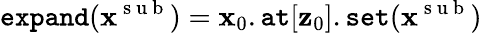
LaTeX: \texttt{expand}(\mathbf{x}^{\mathrm{~s~u~b~}})=\mathbf{x}_{0}.\texttt{at}[\mathbf{z}_{0}].\texttt{set}(\mathbf{x}^{\mathrm{~s~u~b~}})